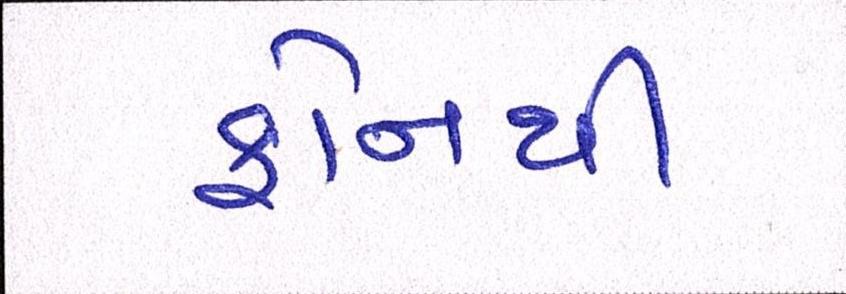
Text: ફોનથી